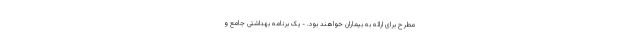
مطرح برای ارائه به بیماران خواهند بود. - یک برنامه بهداشتی جامع و